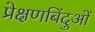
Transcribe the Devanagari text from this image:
प्रेक्षणबिंदुओं